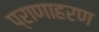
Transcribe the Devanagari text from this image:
प्राणाहरण